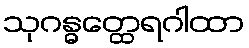
သုဂန္ဓတ္ထေရဂါထာ